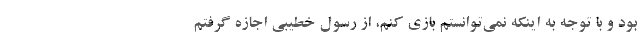
بود و با توجه به اینکه نمی‌توانستم بازی کنم، از رسول خطیبی اجازه گرفتم